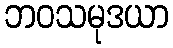
ဘဝသမုဒယာ